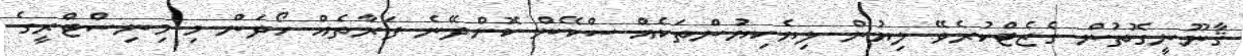
ޤާނޫނީގޮތުން ގެޒެޓްކުރެވޭ ލިޔުން ލިޔެކިޔުންތަކެއް ސްކޭން ކޮށްދޭނެ ފަރާތެއް ހޯދަން މި މިނިސްޓްރީގެ